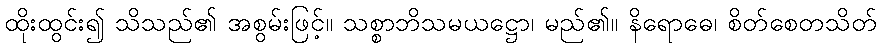
ထိုးထွင်း၍ သိသည်၏ အစွမ်းဖြင့်။ သစ္စာဘိသမယဋ္ဌော၊ မည်၏။ နိရောဓေ၊ စိတ်စေတသိတ်